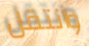
وانتقل